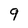
Character: 9